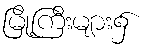
မြို့ကြီးများ၌